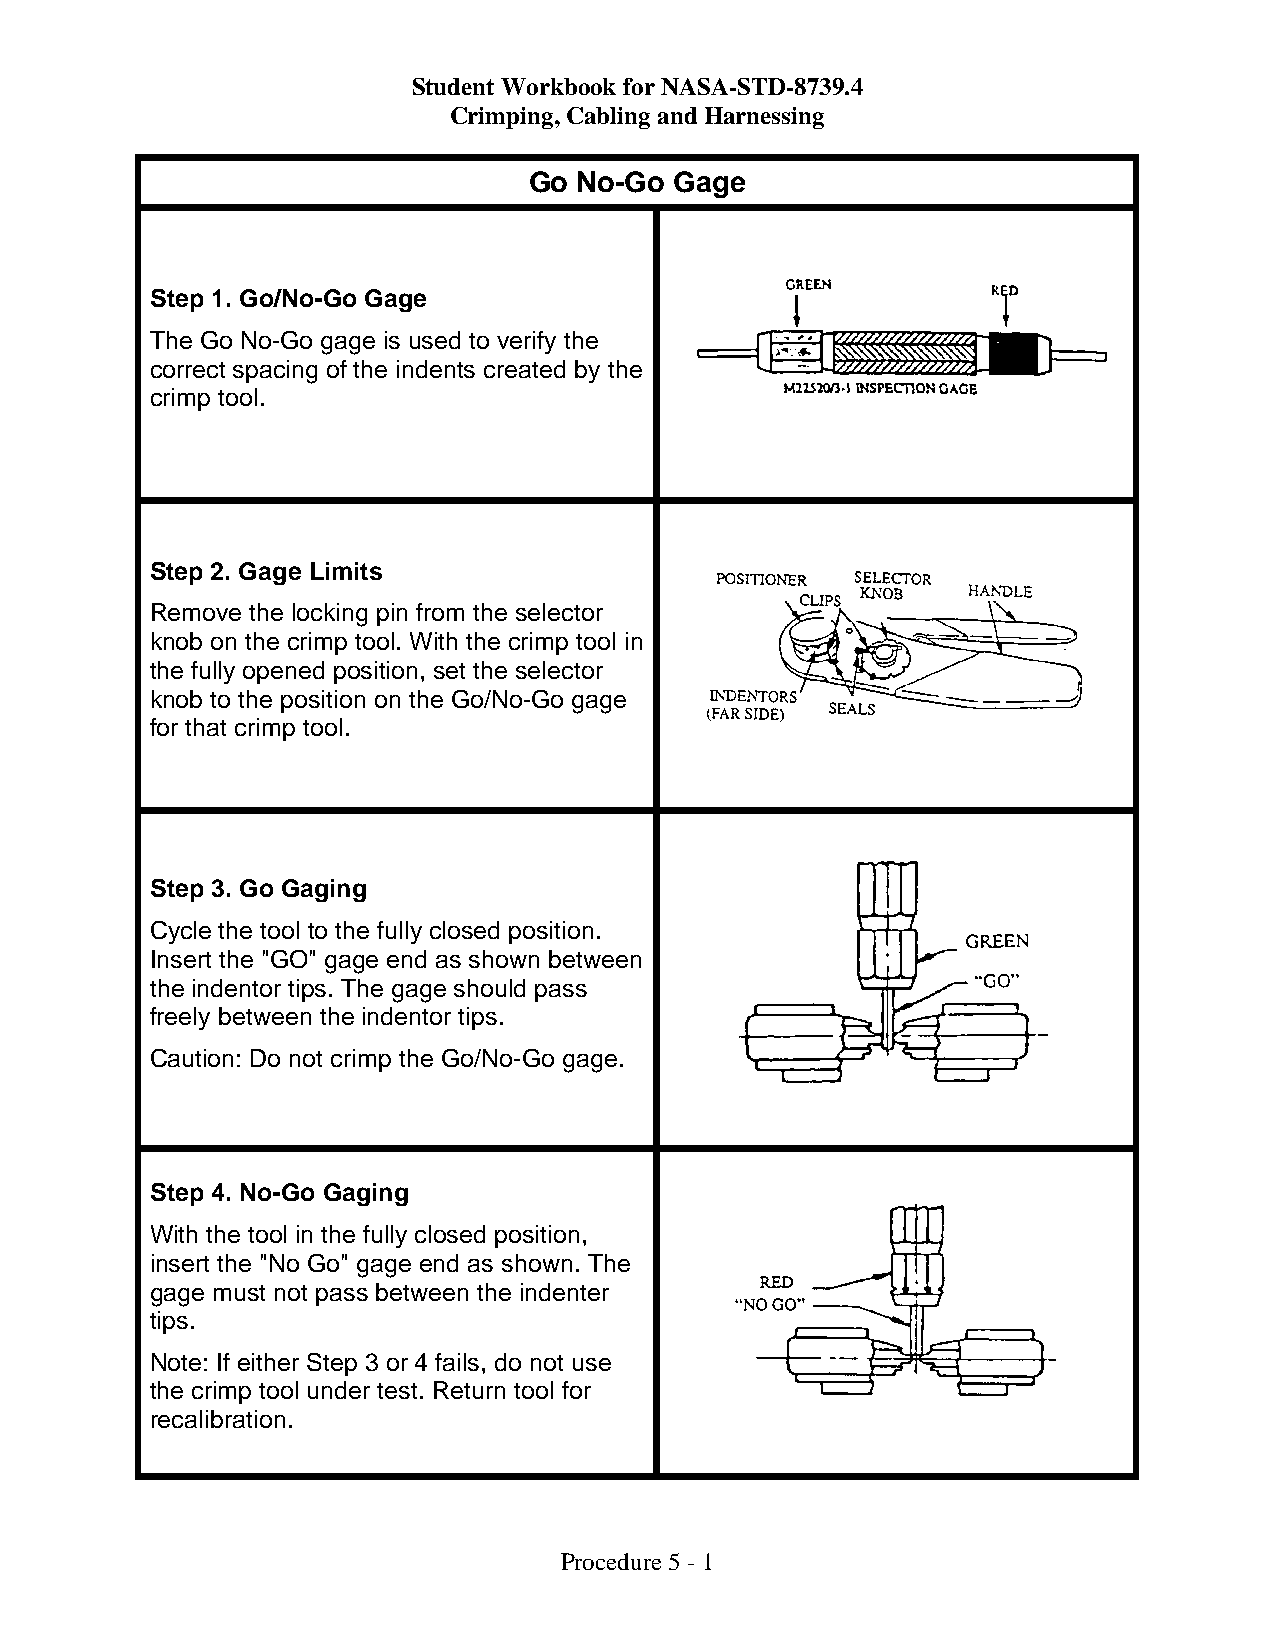
Student Workbook for NASA-STD-8739.4
 Crimping, Cabling and Harnessing
 Go No-Go  Gage
 Step 1. Go/No-Go Gage
 The Go No-Go gage is used to verify the
 correct spacing of the indents created by the
 crimp tool.
 Step 2. Gage Limits
 Remove the locking pin from the selector
 knob on the crimp tool. With the crimp tool in
 the fully opened position, set the selector
 knob to the position on the Go/No-Go gage
 for that crimp tool.
 Step 3. Go Gaging
 Cycle the tool to the fully closed position.
 Insert the "GO" gage end as shown between
 the indentor tips. The gage should pass
 freely between the indentor tips.
 Caution: Do not crimp the Go/No-Go gage.
 Step 4. No-Go Gaging
 With the tool in the fully closed position,
 insert the "No Go" gage end as shown. The
 gage must not pass between the indenter
 tips.
 Note: If either Step 3 or 4 fails, do not use
 the crimp tool under test. Return tool for
 recalibration.
 Procedure 5 - 1